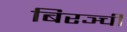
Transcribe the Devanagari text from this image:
बिरञ्ची